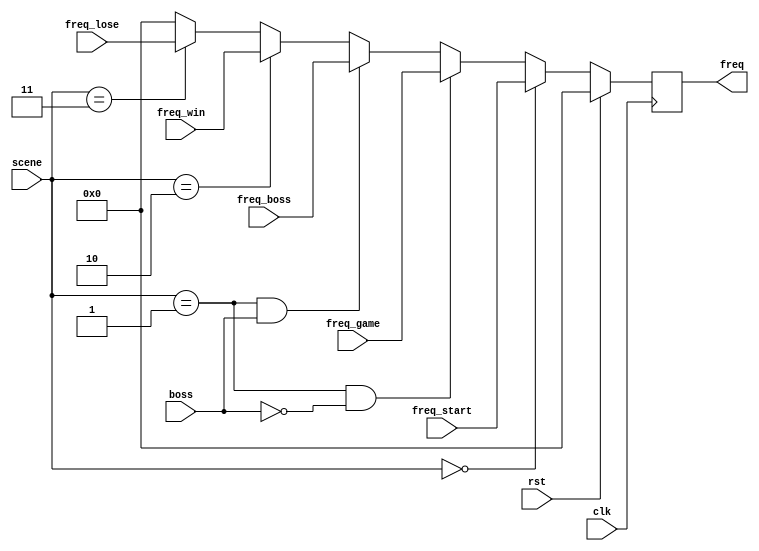
//00 start
//01 game
//10 win
//11 lose

module Mux (
	input [1:0]scene,
	input boss,
	input clk,
	input rst,
	input [31:0] freq_start,
	input [31:0] freq_game,
	input [31:0] freq_boss,
	input [31:0] freq_win,
	input [31:0] freq_lose,
	output reg [31:0] freq
);

	always@(posedge clk)
	begin
		if(rst)
			freq<=32'd0;
        else if(scene == 2'b00)
			freq <= freq_start;
		else if(scene == 2'b01 && !boss)
			freq <= freq_game;
		else if(scene == 2'b01 && boss)
			freq <= freq_boss;
		else if(scene == 2'b10)
			freq <= freq_win;
		else if(scene == 2'b11)
			freq <= freq_lose;
		else
			freq <= 32'd0;
	end
endmodule